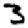
Digit: 3